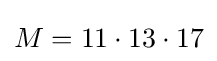
M=11\cdot 13\cdot 17